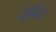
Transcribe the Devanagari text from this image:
जेर्मिआ